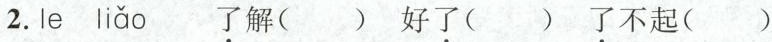
2.le liǎo \underset{·}{了}解( ) 好\underset{·}{了}( ) \underset{·}{了}不起( )